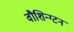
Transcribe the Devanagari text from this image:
वौशिन्ग्टन